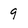
Character: 9